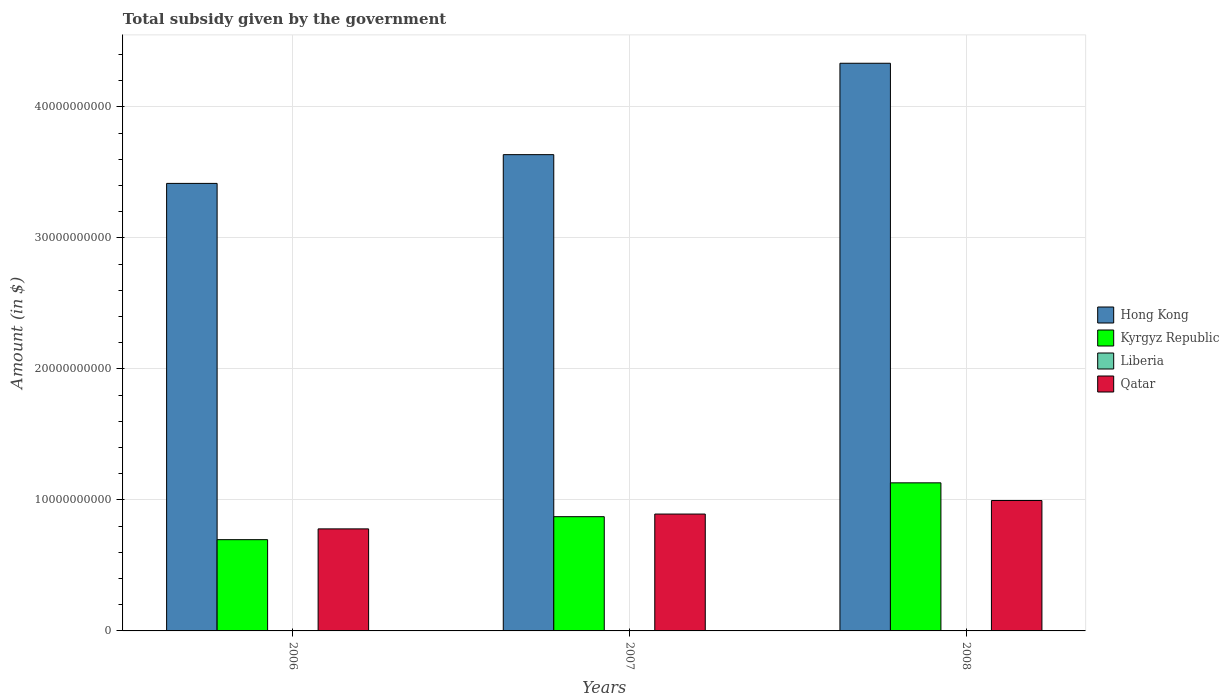
| Years | Hong Kong | Kyrgyz Republic | Liberia | Qatar |
 | --- | --- | --- | --- | --- |
 | 2006 | 3.42e+10 | 6.97e+09 | 1.65e+05 | 7.79e+09 |
 | 2007 | 3.64e+10 | 8.72e+09 | 2.89e+05 | 8.92e+09 |
 | 2008 | 4.33e+10 | 1.13e+10 | 6.89e+05 | 9.95e+09 |